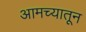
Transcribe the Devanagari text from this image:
आमच्यातून